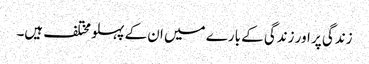
زندگی پر اور زندگی کے بارے میں ان کے پہلو مختلف ہیں۔